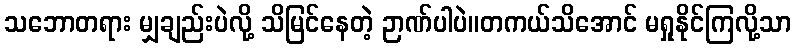
သဘောတရား မျှချည်းပဲလို့ သိမြင်နေတဲ့ ဉာဏ်ပါပဲ။တကယ်သိအောင် မရှုနိုင်ကြလို့သာ